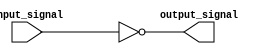
module RTL_inverter(
    input wire input_signal,
    output reg output_signal
);

assign output_signal = ~input_signal;

endmodule